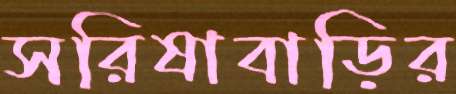
সরিষাবাড়ির